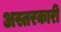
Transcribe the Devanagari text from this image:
अस्तरकारी